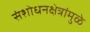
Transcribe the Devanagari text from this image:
संशोधनक्षेत्रांमुळे